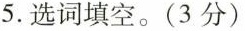
5.选词填空.(3分)